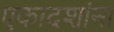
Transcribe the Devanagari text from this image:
एकादशांना